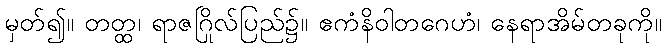
မှတ်၍။ တတ္ထ၊ ရာဇဂြိုလ်ပြည်၌။ ဧကံနိဝါတဂေဟံ၊ နေရာအိမ်တခုကို။